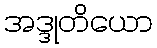
အဒ္ဒုတိယော